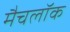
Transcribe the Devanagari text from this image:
मैचलॉक